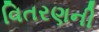
વિતરણની